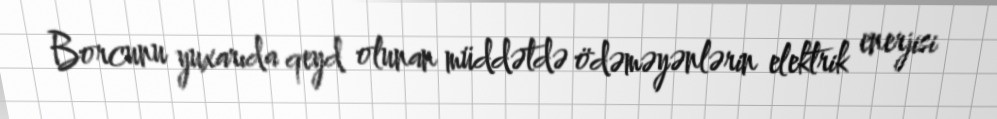
Borcunu yuxarıda qeyd olunan müddətdə ödəməyənlərin elektrik enerjisi